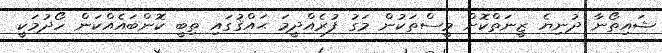
ޝައިތޯނާ ދުނިޔެ ޒީނަތްކޮށް މީސްތަކުން މަގު ފުރެއްދީމަ ޙައްޤުގައި ތިބީ ކޮންބައެއްކަން ހޯދުމަކީ